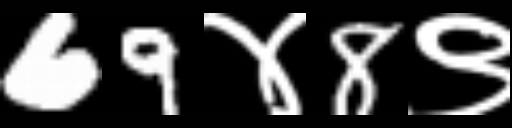
Text: 69४8९